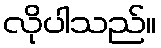
လိုပါသည်။